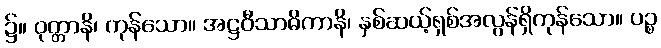
၌။ ဝုတ္တာနိ၊ ကုန်သော။ အဋ္ဌဝီသာဓိကာနိ၊ နှစ်ဆယ့်ရှစ်အလွန်ရှိကုန်သော။ ပဉ္စ